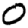
Digit: 0